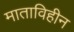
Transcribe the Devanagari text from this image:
माताविहीन